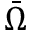
\bar { \Omega }